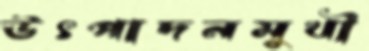
উৎপাদনমুখী